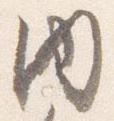
内